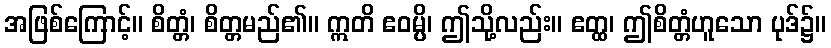
အဖြစ်ကြောင့်။ စိတ္တံ၊ စိတ္တမည်၏။ ဣတိ ဧဝမ္ပိ၊ ဤသို့လည်း။ ဧတ္ထ၊ ဤစိတ္တံဟူသော ပုဒ်၌။